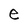
Character: e